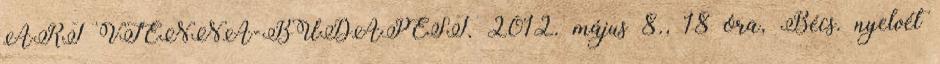
ART VIENNA-BUDAPEST. 2012. május 8., 18 óra, Bécs. nyelvét